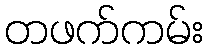
တဖက်ကမ်း